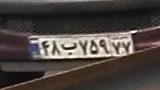
۴۸ب۷۵۹۷۷